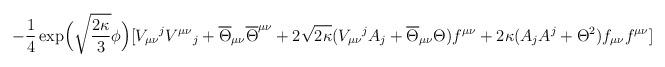
LaTeX: \begin{align*}-\frac{1}{4}\exp\!\Big(\sqrt{\frac{2\kappa}{3}}\phi\Big)[V_{\mu\nu}{}^j V^{\mu\nu}{}_j +\overline{\Theta}_{\mu\nu}\overline{\Theta}^{\mu\nu}+2\sqrt{2\kappa}(V_{\mu\nu}{}^j A_j +\overline{\Theta}_{\mu\nu}\Theta) f^{\mu\nu}+2\kappa (A_j A^j +\Theta^2)f_{\mu\nu}f^{\mu\nu}]\end{align*}